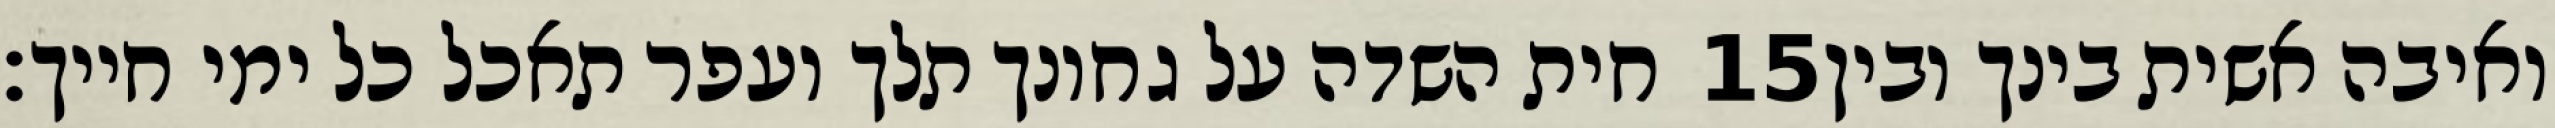
חית השדה על גחונך תלך ועפר תאכל כל ימי חייך׃ ‎15‏ ואיבה אשית בינך ובין